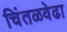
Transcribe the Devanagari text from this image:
चिंतळवेढा